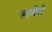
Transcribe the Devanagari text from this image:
फायेत्ते